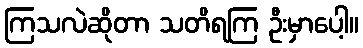
ကြသလဲဆိုတာ သတိရကြ ဦးမှာပေါ့။